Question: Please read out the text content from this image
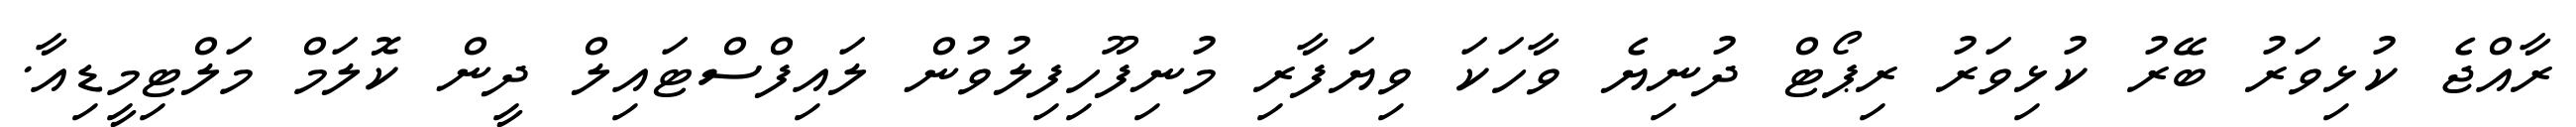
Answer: ރާއްޖެ ކުޅިވަރު ބޭރު ކުޅިވަރު ރިޕޯޓް ދުނިޔެ ވާހަކަ ވިޔަފާރި މުނިފޫހިފިލުވުން ލައިފްސްޓައިލް ދީން ކޮލަމް މަލްޓިމީޑިއާ.